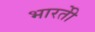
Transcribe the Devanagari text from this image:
भारतीे